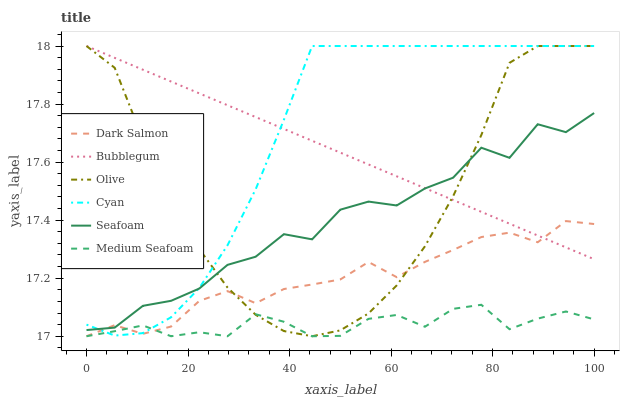
| xaxis_label | Dark Salmon | Bubblegum | Olive | Cyan | Seafoam | Medium Seafoam |
 | --- | --- | --- | --- | --- | --- | --- |
 | 0 | 17 | 18 | 18 | 17 | 17 | 17 |
 | 5.56 | 17 | 18 | 17.9 | 17 | 17 | 17 |
 | 11.1 | 17 | 17.9 | 17.7 | 17 | 17.1 | 17 |
 | 16.7 | 17 | 17.9 | 17.5 | 17.1 | 17.1 | 17 |
 | 22.2 | 17.1 | 17.8 | 17.3 | 17.2 | 17.2 | 17 |
 | 27.8 | 17.2 | 17.8 | 17.2 | 17.3 | 17.2 | 17 |
 | 33.3 | 17.1 | 17.8 | 17.1 | 17.5 | 17.3 | 17.1 |
 | 38.9 | 17.2 | 17.7 | 17 | 17.7 | 17.4 | 17 |
 | 44.4 | 17.2 | 17.7 | 17 | 18 | 17.3 | 17 |
 | 50 | 17.2 | 17.6 | 17 | 18 | 17.4 | 17 |
 | 55.6 | 17.3 | 17.6 | 17.1 | 18 | 17.5 | 17.1 |
 | 61.1 | 17.2 | 17.6 | 17.2 | 18 | 17.5 | 17.1 |
 | 66.7 | 17.3 | 17.5 | 17.3 | 18 | 17.5 | 17 |
 | 72.2 | 17.3 | 17.5 | 17.5 | 18 | 17.5 | 17.1 |
 | 77.8 | 17.3 | 17.4 | 17.7 | 18 | 17.6 | 17.1 |
 | 83.3 | 17.4 | 17.4 | 17.9 | 18 | 17.6 | 17 |
 | 88.9 | 17.3 | 17.3 | 18 | 18 | 17.7 | 17.1 |
 | 94.4 | 17.4 | 17.3 | 18 | 18 | 17.7 | 17.1 |
 | 100 | 17.4 | 17.3 | 18 | 18 | 17.8 | 17.1 |